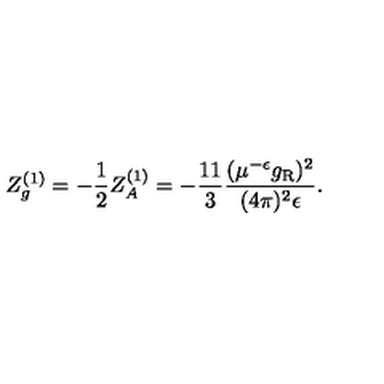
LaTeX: Z _ { g } ^ { ( 1 ) } = - \frac 1 2 Z _ { A } ^ { ( 1 ) } = - \frac { 1 1 } 3 \frac { ( \mu ^ { - \epsilon } g _ { \mathrm { R } } ) ^ { 2 } } { ( 4 \pi ) ^ { 2 } \epsilon } .